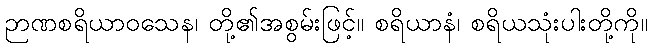
ဉာဏစရိယာဝသေန၊ တို့၏အစွမ်းဖြင့်။ စရိယာနံ၊ စရိယသုံးပါးတို့ကို။